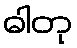
ဓါတု